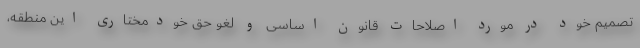
تصمیم خود در مورد اصلاحات قانون اساسی و لغو حق خودمختاری این منطقه،